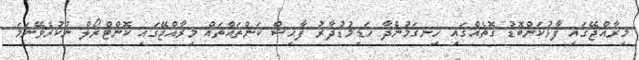
މިރާއްޖޭގައި ފާޅުކަންބޮޑު ގޮތެއްގައި ހިނގަމުންދާ ހަޑިމުޑުދާރު ފާޙިޝް ކަންތައްތައް މިރާއްޖޭގައި ކޮންޓްރޯލް ނުކުރެވޭނަމަ